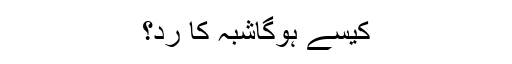
کیسے ہوگاشبہ کا رد؟